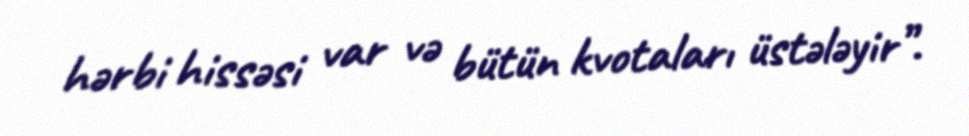
hərbi hissəsi var və bütün kvotaları üstələyir”.